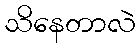
သိနေတာလဲ